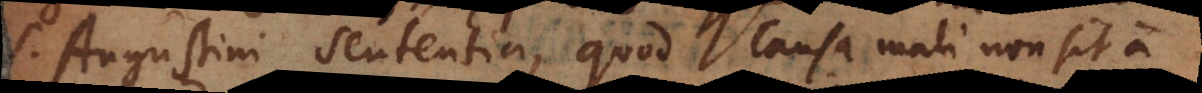
S. Augustini sententia, quod causa mali non sit a